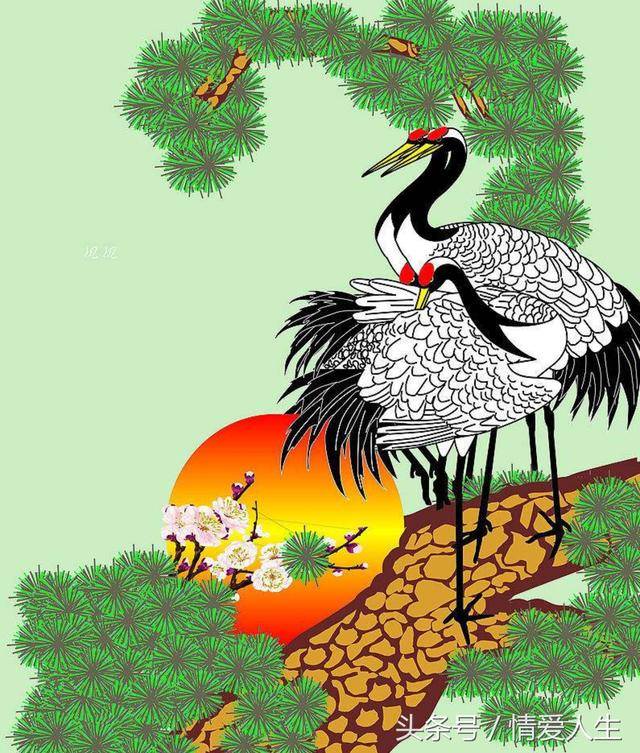
年年春日异乡悲，杜曲黄莺可得知。